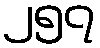
၂၅၇